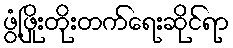
ဖွံ့ဖြိုးတိုးတက်ရေးဆိုင်ရာ